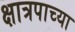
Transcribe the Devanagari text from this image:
क्षात्रपाच्या